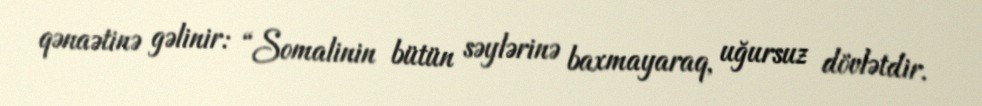
qənaətinə gəlinir: “Somalinin bütün səylərinə baxmayaraq, uğursuz dövlətdir.